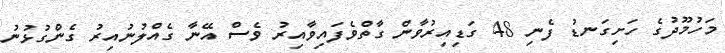
މަހުމޫދުގެ ހަށިގަނޑު ފެނި 48 ގަޑިއިރުވާން ގާތްވެފައިވާއިރު ވެސް އޭނާ ގެއްލުނުއިރު ގެންގުޅުނު